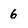
Character: 6